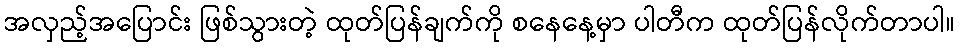
အလှည့်အပြောင်း ဖြစ်သွားတဲ့ ထုတ်ပြန်ချက်ကို စနေနေ့မှာ ပါတီက ထုတ်ပြန်လိုက်တာပါ။